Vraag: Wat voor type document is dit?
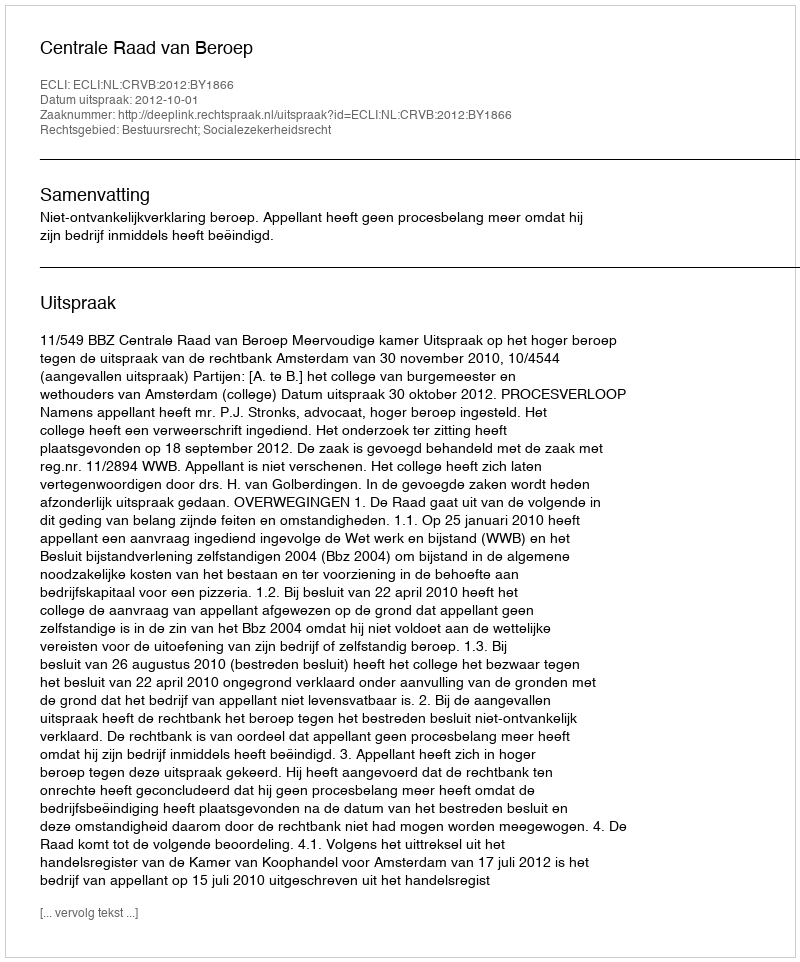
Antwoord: Uitspraak